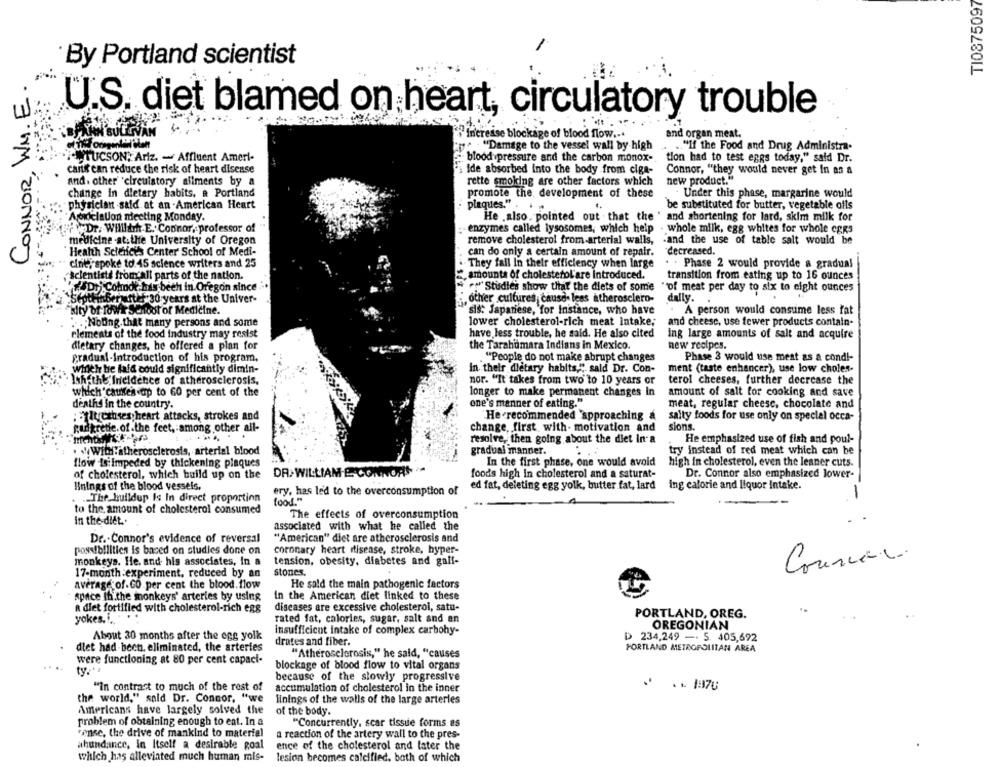
TI0875097
By Portland scientist
CONNOR, WM. E
U.S. diet blamed on heart, circulatory trouble
Increase blockage of blood flow ...
and organ meat.
"Damage to the vessel wall by high
.. "If the Food and Drug Administra-
INTUCSON; Ariz. - Affluent Ameri-
blood pressure and the carbon monox-
tion had to test eggs today," said Dr.
Canik can reduce the risk of heart disease
ide absorbed into the body from ciga-
Connor, "they would never get In as a
and. other 'elreulatory aliments by a
rette smoking are other factors which
new product."
change in dietary habits, a Portland
promote the development of these
. Under this phase, margarine would
physician said at an -American Heart
plaques."
be substituted for butter, vegetable oils
Abrielalon necting Monday.
He . also. pointed out that the ' and shortening for lard, skim milk for
Dr. Willlarh.E. Connor, professor of
enzymes called lysosomes, which help . whole milk, egg whites for whole eggs
medicine .at.the University of Oregon
remove cholesterol from -arterial walls,
.and the use of table salt would be
Health Science's Center School of Medi-
can do only a certain amount of repair.
decreased.
cinti spoke to 45 science writers and 25
They fall In their efficiency when large
. . Phase 2 would provide a gradual
"Scientists fromall parts of the nation.
amounts Of cholesterol'are introduced.
transition from eating up to 16 ounces
SD) Colmok his bech in Oregon since
Studies show that the dlets of some
"of meat per day to six to eight ounces
fty 30 years at the Univer-
;, other cultures cause- less atherosclero-
dally.
sity of lowk School of Medicine.
sis: Japanese, for Instance, who have
A person would consume less fat
.; Noung.that many persons and some
lower cholesterol-rich meat intake;
and cheese, use fewer products contain-
elements of the food industry may resist
have less trouble, he said. He also cited
ing large amounts of salt and acquire
dietary changes, he offered a plan for
the Tarahumara Indians in Mexico.
new recipes.
gradual-Introduction of his program.
"People do not make abrupt changes
Phase 3 would use mest as a cond !-
wirich be laid could significantly dimin-
In their dietary habits," said Dr. Con-
ment (taste enhancer), use low choles-
Ishethe Incidence of atherosclerosis,
nor. "It takes from two" to 10 years or
terol cheeses, further decrease the
which caufes ap to 60 per cent of the
longer to make permanent changes In
amount of salt for cooking and save
deaths in the country.
one's manner of eating."
meat, regular cheese, chocolate and
:titretuses heart attacks, strokes and
"He-recommended approaching a
salty foods for use only on special occa-
gurikredie. of the feet, among other all-
change, first with- motivation and
sions.
resolve, then going about the diet In a
He emphasized use of fish and poul-
. . With:atherosclerosis, arterial blood
gradual manner.
try instead of red meat which can be
flow Is Impeded by thickening plaques
In the first phase, one would avoid
high in cholesterol, even the leaner cuts.
of cholesterol, which build up on the
DR. WILLIAM-E CONNORS
foods high In cholesterol and a saturat-
Dr. Connor also emphasized lower-
Hnings of the blood vessels,
ery, has led to the overconsumption of
ed fat, deleting egg yolk, butter fat, lard ing calorie and liquor intake.
-
The buildup Is In direct proportion
food."
to the amount of cholesterol consumed
The effects of overconsumption
in the-diet ..
associated with what he called the
"American" diet are atherosclerosis and
Dr .- Connor's evidence of reversal
possibilities is based on studies done on
coronary heart disease, stroke, hyper-
tension, obesity, diabetes and gall-
Counter.
monkeys. He. and his associates, In a
17-month:experiment. reduced by an
stones.
He sald the main pathogenic factors
average of. CO per cent the blood.flow
space th.the monkeys' arteries by using
In the American diet linked to these
diseases are excessive cholesterol, satu-
A diet fortified with cholesterol-rich egg
PORTLAND, OREG.
yokes.i.
rated fat, calories, sugar, salt and an
OREGONIAN
About 30 months after the egg yolk
insufficient intake of complex carbohy-
drates and fiber.
D 234,249 -· S. 405,692
diet had bech, eliminated, the arteries
PORTLAND METROPOLITAN AREA
were functioning at 80 per cent capaci-
"Atherosclerosis," he said, "causes
blockage of blood flow to vital organs
ty ..
because of the slowly progressive
"in contrast to much of the rest of
accumulation of cholesterol in the inner
. ... 1976
the world," sald Dr. Connor, "we
linings of the walls of the large arteries
Americans have largely solved the
of the body.
problem of obtaining enough to eat. In a
"Concurrently, scar tissue forms as
Finse, the drive of mankind to material
a reaction of the artery wall to the pres-
ahundance, In Itself a desirable goal
ence of the cholesterol and later the
which has alleviated much human mis-
lesion becomes calcified. both of which